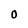
Character: O